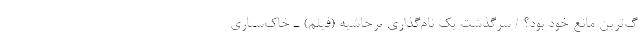
گ‌ترین مانع خود بود؟ / سرگذشت یک نام‌گذاری پرحاشیه (فیلم) ـ خاک‌سپاری